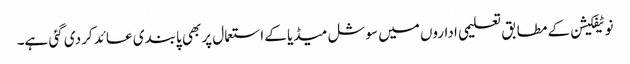
نوٹیفکیشن کے مطابق تعلیمی اداروں میں سوشل میڈیا کے استعمال پر بھی پابندی عائد کردی گئی ہے۔